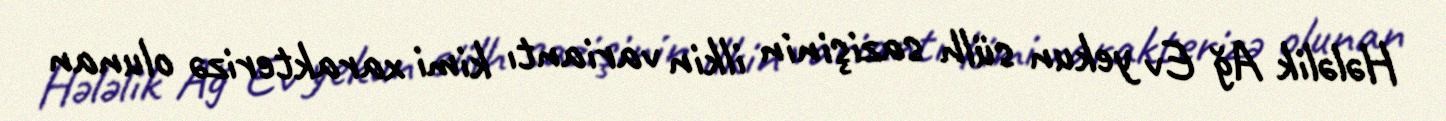
Hələlik Ağ Ev yekun sülh sazişinin ilkin variantı kimi xarakterizə olunan